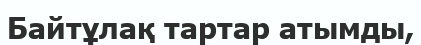
Байтұлақ тартар атымды,